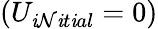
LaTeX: (U_{\mathit{i}\mathcal{N}\mathit{i}t\mathit{i}al}=0)